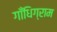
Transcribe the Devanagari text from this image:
गाँधिग्राम